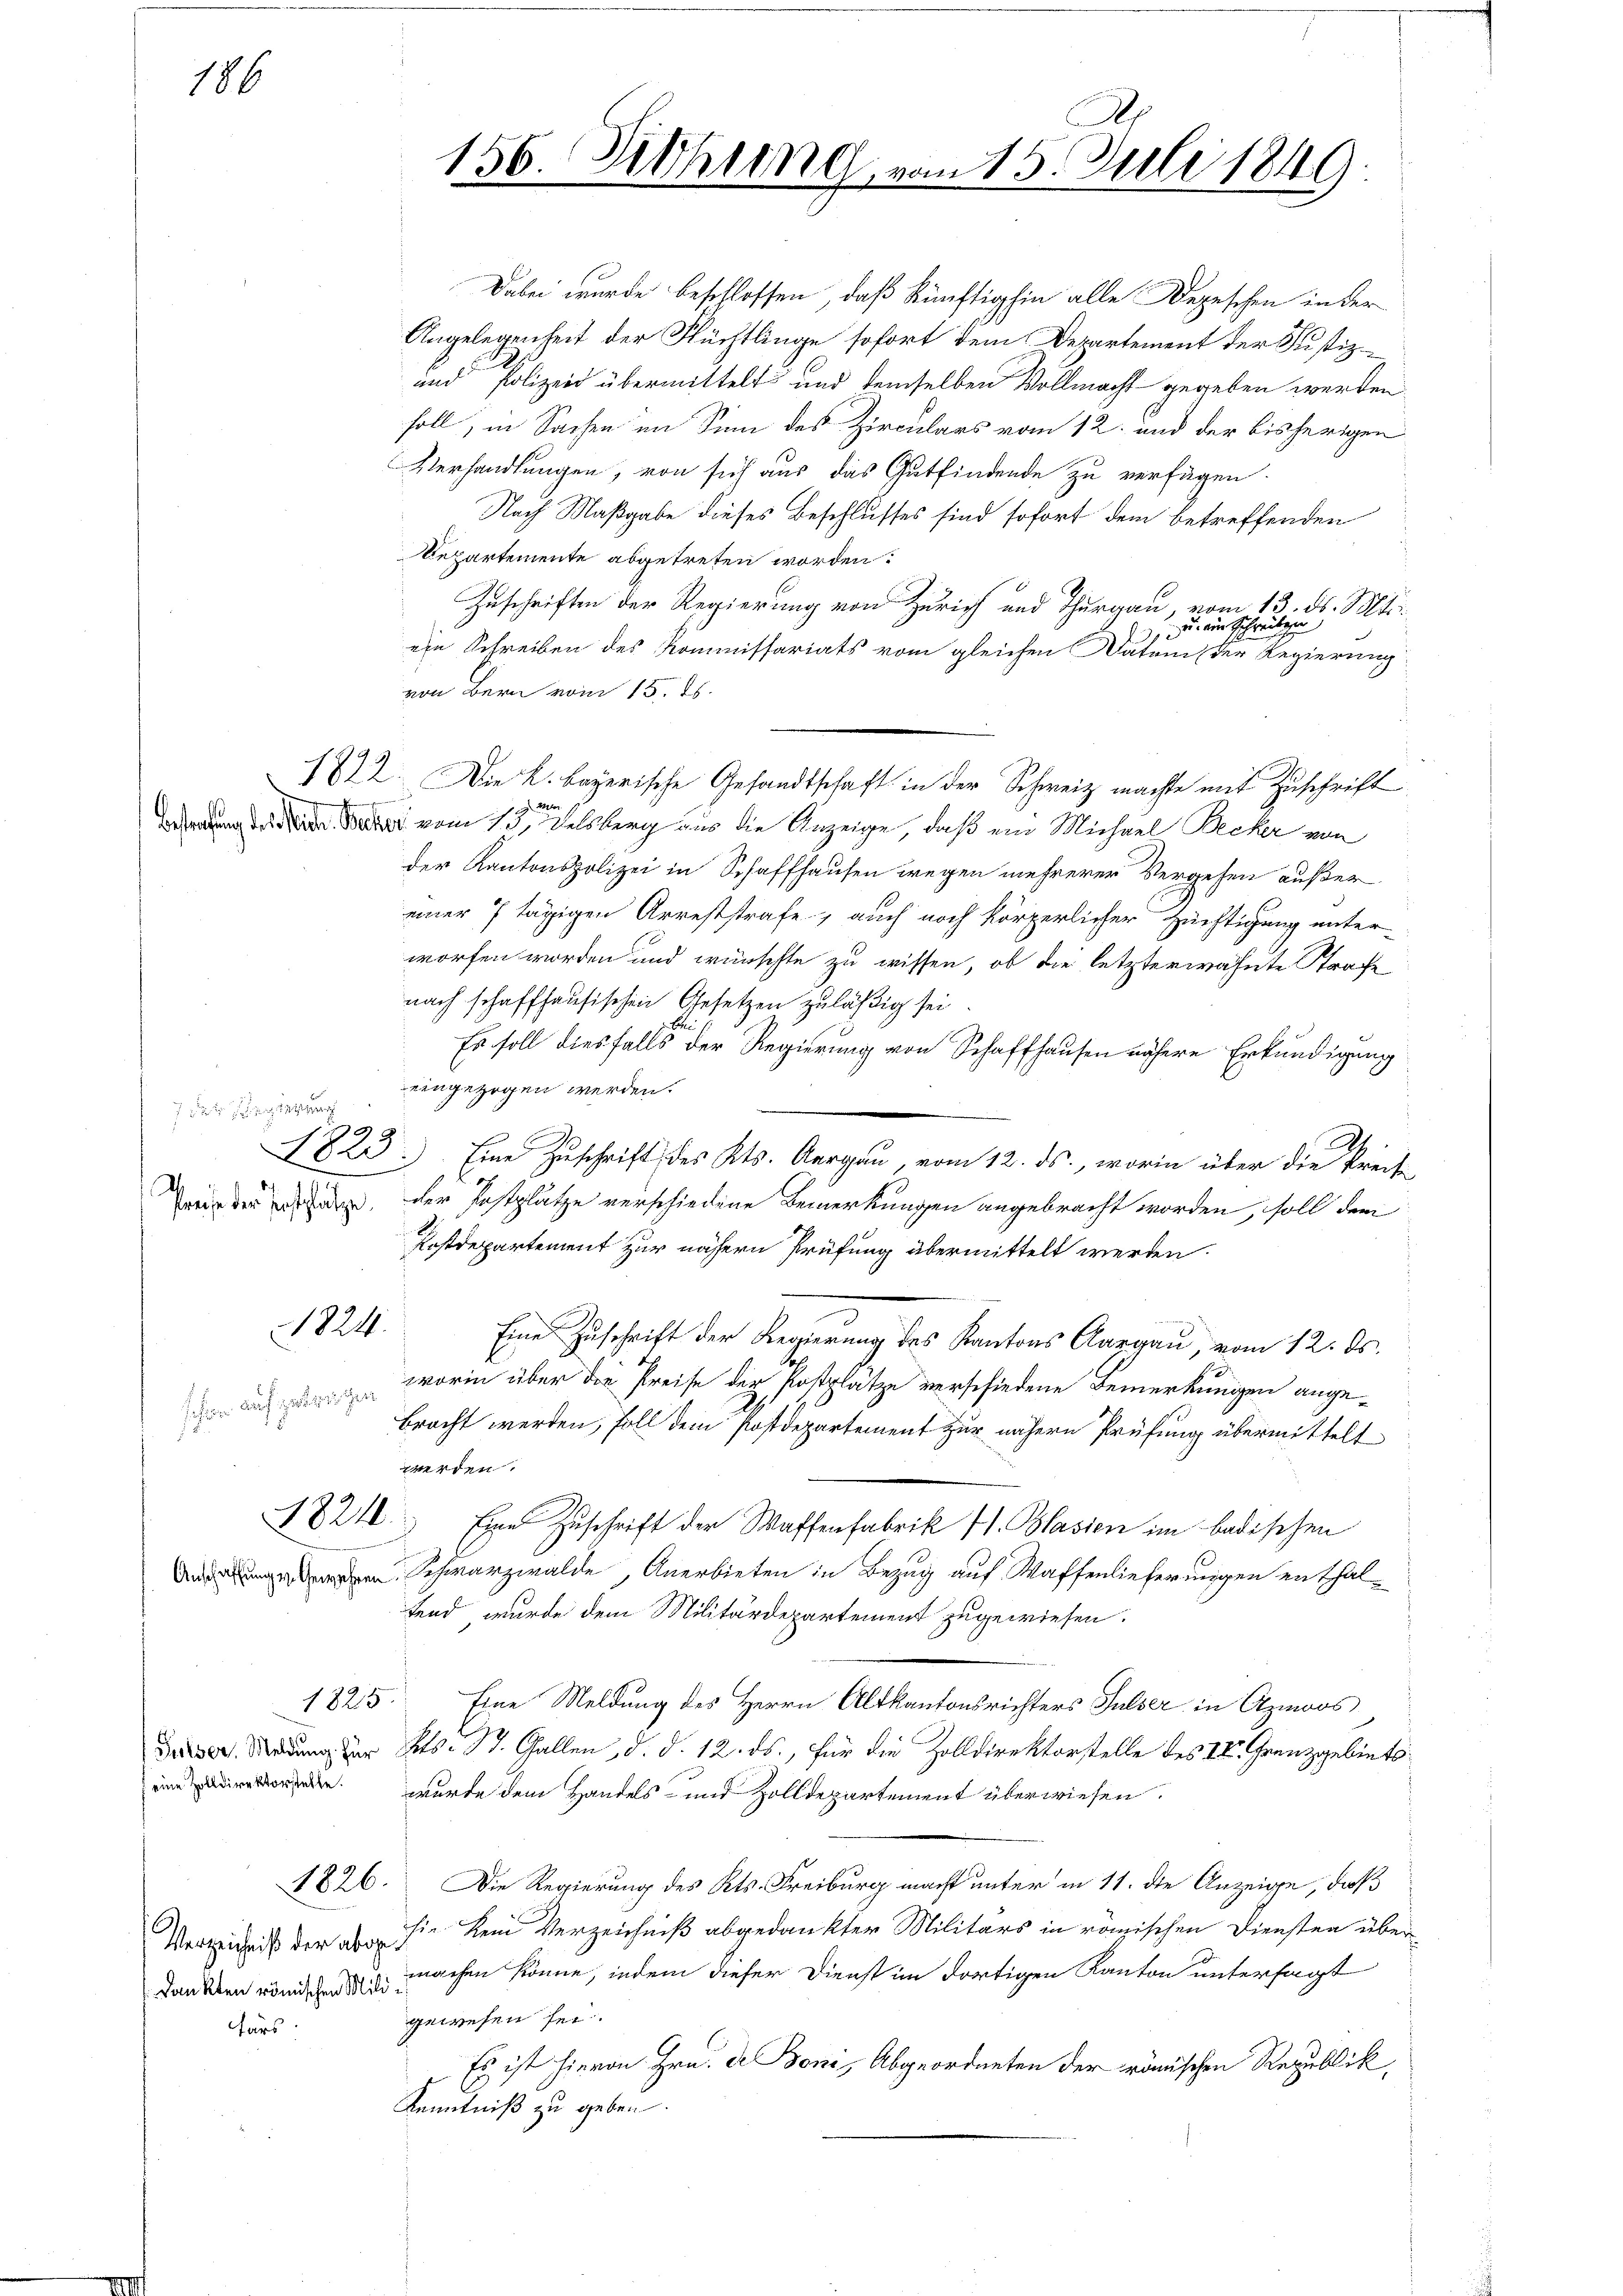
186

de
1823.

1824.

schen auf getrischen

1821.

eine Zolldirektorstelle.

Verzeichniß der abge¬
Fars

1825.

Dabei wurde beschlossen, daß künftighin alle Depeschen in der
Angelegenheit der Flüchtlinge sofort dem Departement der Justiz
und Polizeid übermittelt und demselben Vollmacht gegeben werden
soll, in Sachen im Sinn des Zirculars vom 12. und der bisherigen
Verhandlungen, von sich aus das Gutfindende zu verfügen.
Nach Maßgabe dieses Beschlusses sind sofort dem betreffenden
Repartemente abgetreten worden.
Zuschriften der Regierung von Zürich und Thurgau, vom 13. ds. Mts.
, ein Schreiben
ein Schreiben des Kommissariats vom gleichen Daten der Regierung
von Bern vom 15. ds.
1822. Die K. Bayerische Gesandtschaft in der Schweiz machte mit Zuschrift
2
 vom 13. Delsberg aus die Anzeige, daß ein Michael Becker von
der Kantonspolizei in Schaffhausen wegen mehrerer Vergehen außer
einer 7 tägigen Arreststrafe, auch noch körperlicher Züchtigung unter-
worfen worden und wünschte zu wissen, ob die letzterwähnte Strafe
nach schaffhausischen Gesetzen zuläßig sei
Es soll diesfalls der Regierung von Schaffhausen nähere Erkundigung
eingezogen werden.
Eine Zuschrift des Kts. Aargau vom 12. ds., worin über die Preis
weig der erstag, der Postplätze verschiedene Bemerkungen angebracht worden, soll dem
1
Postdepartement zur nähern Prüfung übermittelt werden.
Eine Zŭschrift der Regierung des Kantons Aargaŭ, vom 12. ds.
worin über die Preise der Postplätze verschiedene Bemerkungen angebracht werden, soll dem Postdepartement zur nähern Prüfung übermittelt
werden.
Eine Zuschrift der Waffenfabrik fl. Blasien im badischen
en Schwarzwalde, Anerbieten in Bezug auf Waffenlieferungen enthalfend, wurde dem Militärdepartement zugewiesen.
Eine Meldung des Herrn Altkantonsrichters Pulser in Azmoos
Das Sedung der Kts. St. Gallen, d. d. 12. ds., für die Zolldirektorstelle des IV. Franzgebiets
wurde dem Handels- und Zolldepartement überwiesen.
1826. Die Regierung des Kts. Freiburg macht unter in 11. die Anzeige, daß
sie kein Verzeichniß abgedankter Militärs in römischen Diensten überdanken von du machen könne, indem dieser Dienst im dortigen Kanton untersagt
gewesen sei.
Es ist hievon Hrn. Der Boni, Abgeordneten der römischen Republik,
Kenntniß zu geben.

156. Diehung von 15. Juli 1849.